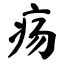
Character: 疡